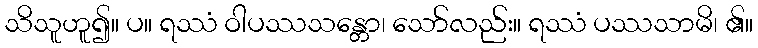
သိသူဟူ၍။ ပ။ ရဿံ ဝါပဿသန္တော၊ သော်လည်း။ ရဿံ ပဿသာမိ၊ ၏။